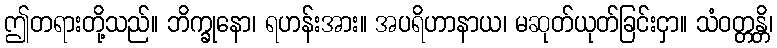
ဤတရားတို့သည်။ ဘိက္ခုနော၊ ရဟန်းအား။ အပရိဟာနာယ၊ မဆုတ်ယုတ်ခြင်းငှာ။ သံဝတ္တန္တိ၊